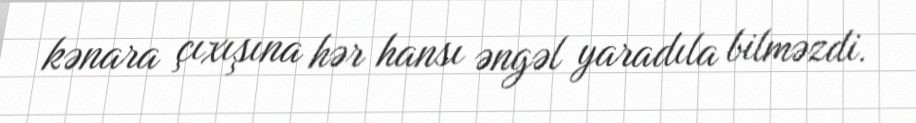
kənara çıxışına hər hansı əngəl yaradıla bilməzdi.